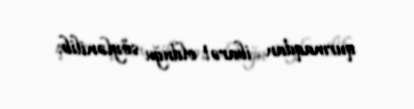
qurmaqdan ibarət olduğu söylənilib.